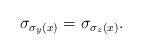
LaTeX: \begin{align*}\sigma_{\sigma_y(x)}=\sigma_{\sigma_z(x)}.\end{align*}